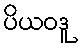
ပိယဝဒူ